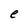
Character: e